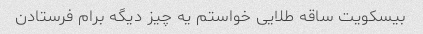
بیسکویت ساقه طلایی خواستم یه چیز دیگه برام فرستادن